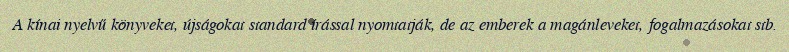
A kínai nyelvű könyveket, újságokat standard írással nyomtatják, de az emberek a magánleveket, fogalmazásokat stb.